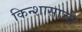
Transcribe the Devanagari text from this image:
किन्शासाची